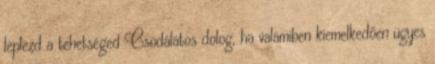
leplezd a tehetséged Csodálatos dolog, ha valamiben kiemelkedően ügyes